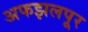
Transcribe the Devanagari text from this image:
अफझलपूर